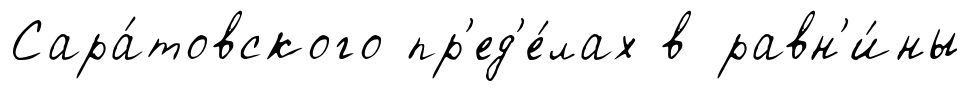
Сара́товского пр'ед'е́лах в равн'и́ны